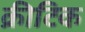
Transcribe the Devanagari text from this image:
क्रीटिक